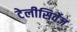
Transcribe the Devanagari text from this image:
टेलीसिर्वेज